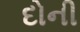
દોની